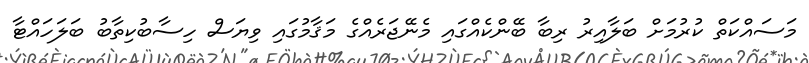
މަސައްކަތް ކުރުމަށް ބަލާއިރު ރިބާ ބޭންކެއްގައި މެނޭޖަރެއްގެ މަޤާމުގައި ވިޔަސް ހިސާބުކިތާބު ބަލަހައްޓާ